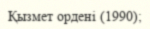
Қызмет ордені (1990);